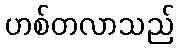
ဟစ်တလာသည်